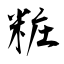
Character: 粧